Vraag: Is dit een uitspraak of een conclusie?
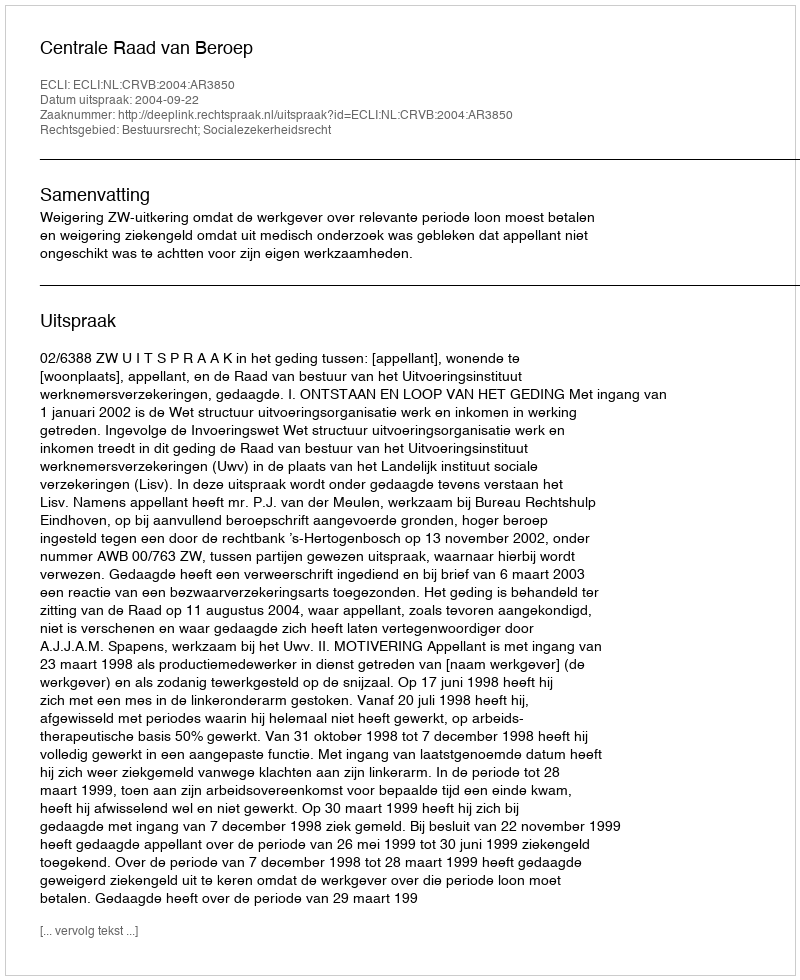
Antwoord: Uitspraak